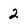
Character: 2